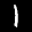
Label: 1